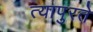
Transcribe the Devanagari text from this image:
त्यापुरते